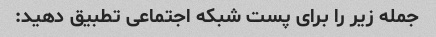
جمله زیر را برای پست شبکه اجتماعی تطبیق دهید: